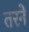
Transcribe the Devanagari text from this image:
तरने